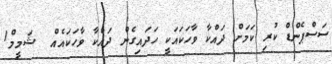
ސަސްޕެންޑް ކުރި ކަމަށް ދައްކާ ވާހަކައަކީ ހަދައިގެން ދައްކާ ވާހަކައެއް  ޝަމީމް1